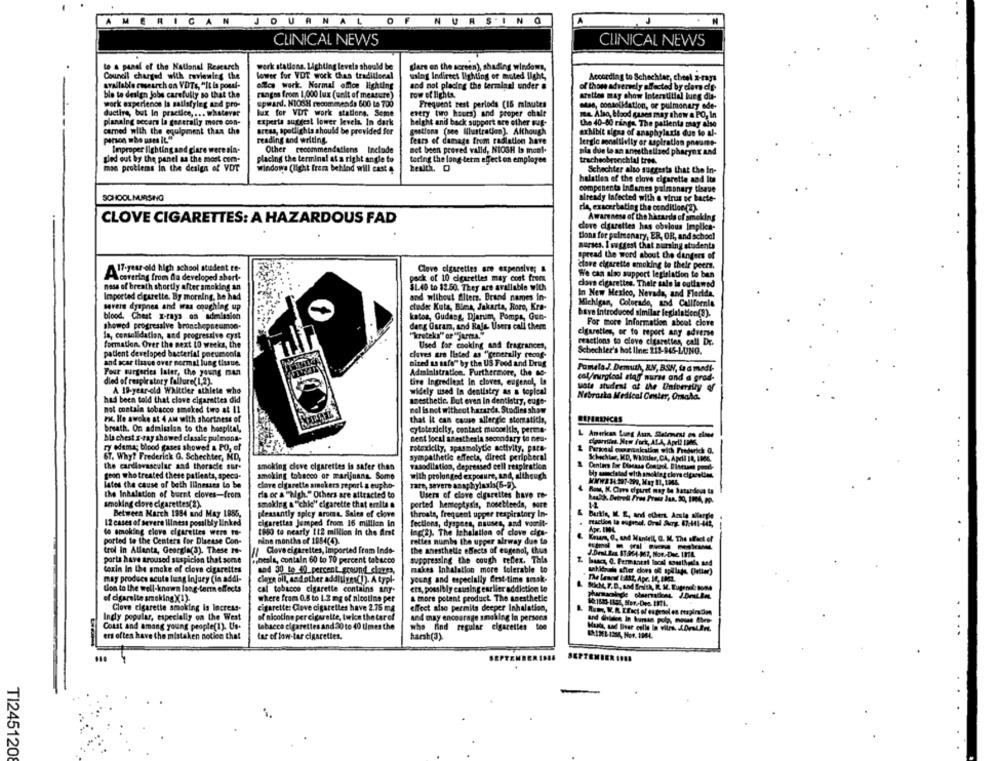
NURSINO
CLINICAL NEWS
CLINICAL NEWS
to a panel of the National Research
verk stations, Lighting levels should be
clare on the screen), shading windows
Council charged with reviewing the
lower for VOT wock than traditional
wales Indirect lighting of muted light,
According to Schechter, chesl x-rays
available research on VDTs, "It is possl-
office work. Normal office lighting
sod not placing the terminal under #
of those adversely affected by con de
ble to design jobs carefully so that the
rangos from 1,000 lux (unit of measure)
row of lights.
arettes may chow Interstitial lung dia-
work experience la sailsfyleg and pro-
upward. NIOSH recommends 600 to 700
Frequent rest periods (15 minutes
mese, consolidation, or pulmonary ode-
ductive, but In practice, ... whatever
lux for VUT work stations. Some
every two hours) and proper chale
na. Also, blood gases may show a PO, In
planalog necars la generally more con-
experta sudest lower levels. In dark
height and back support are other sug-
the 40-80 ringe. The patienta may also
cemned with the equipment than the
areas, spotlights should be provided for
gestions (see Illustration). Although
exhibit signs of anaphylaxis dun to al-
reading and writing.
fears of damage from radiation have
lergic sensitivity or aspiration pneume-
Improper lighting and glare were ala-
Other recommendations Include
not been peered valld, NIOGH Is mon !-
nia due le an anesthelized pharynx and
sled out by the panel as the most com-
placing the terminal at a right angle to
tering the long-term effect on employee
tracheobronchial tres.
moe problems in the design of VDT
health, O
windows (light from behind will cast 4
Schechter also suggests that the In-
halation of the clove cigarette and Its
components Indames pulmonary tisque
SCHOOLNURSING
already Infected with a virus se bacte-
rie, exacerbating the condition(2).
CLOVE CIGARETTES: A HAZARDOUS FAD
Awareness of the hazards of smoking
dove cigarettes has obvious Implica-
tona for pulmonary, ER, OR, and school
nurses. I suggest that nursing students
spread the word about the dangers of
clove cigarette smoking to their peers.
17-year-old high school student re-
Clove cigarettes are expensive; &
We can also support legislation te ben
Acererlag from dla developed short-
pack of 10 cigarettes may cont free
ness of breath shortly after smoking an
$1.40 to $2.50. They are available with
dove cigarettes. Thele sale in outlawed
Imported cigarette. By morning, he had
and without filters. Brand names In-
In New Mexico, Nevada, and Florida.
Michigan, Colorado, and California
serers dyspnes and was coughing up
clude Kuta, Bles, Jakarta, Roro, Kra-
have Introduced similar legislation(?).
blood, Chest x-rays on admission
katoe, Gudang, Djarum, Pompa, Gun-
showed progressive bronchepneumon-
derg Osram, and Raja Users call them
For more Information about clore
la, consolidation, and progressive cyst
cigarettes, or to report any adverse
"kreteks" or "jarma."
reactions to clove cigarettes call Dr.
formation. Over the next 10 weeks, the
Used for cooking and fragrances,
Schechler's hot line: 213-945-LUNG.
patient developed bacterial pneumonia
claves are llated as "generally reong-
and scar tissue over normal lung tissue.
Dited as safe" by the US Food and Drug
Four surgeries later, the young man
Administration. Furthermore, the so-
Pamela.J. Demuth, RN, BSN, la a medi-
died of respiratory fallure( 1,2).
cal/mirgical star nuras and a grad-
tive Ingredient In cloves, eugenol, La
wate student of the Unforrally of
A 18-year-old Whittier athlete who
widely used In dentistry as a topical
had been told that clove cigarettes did
azesthetic. But even in dentistry, euge-
Nebraska Medical Coster, Omsala.
not contain tobacco smoked toro at 11
nel is not without hararde. Studies show
Pic. Hle awoke st 4 AM with shortness of
REFERENCES
that It can cause allergie stomaticis,
breath. On admission to the hospital,
cytotoxicity, contact mucositis, perme-
hla chest x-ray showed classle pulmona-
nent local anesthesia secondary to nes-
elparties New Fort, ALA, April IBM6,
ry edema; blood gases showed & FO, of
rotoxicity, spasmolytle activity, para-
Personal coorinkulin with Frederick Q.
67. Why? Frederick G. Schechter, ND,
sympathetic effects, direct peripheral
Schachter, MD, Withus, CA, April 18, 1004.
the cardiovascular and thoracie sur-
smoking clove cigarettes is safer than
vasodilation, depressed ceil respiration
geon who treated these patients, speca-
smoking tobacco of marijuana. Some
with prolonged exposure, and, although
lates the cause of beth illnesses Lo be
clove cigarette smokers report a eupho-
Tare, severe anaphylaxis(6-9).
the Inhalation of bernt cloves-from
dia or a "high." Others are attracted to
Users of clove cigarettes have ro-
Rows, K. Care ofpuret may be hatandeva la
smoking clore cigarettes(2).
smoking a" chic" cigarette that erita .
ported henteptysis, nosebleedn, more
Between March 1894 and May 1855,
pleasantly spicy aroms. Sales of clove
throats, frequent upper respiratory In-
Burtle, IL. E, and others, Aosla allergie
12 cases of severe iliness possibly linked
cigarettes Jumped from 16 million in
fections, dyspnea, nauses, and vomit-
raction ta esproul. Oral Surg: 67-441-442,
lo smoking clove cigarettes were to-
1650 to nearly 112 million in the Art
lag(2). The Inhalation of clove cigs-
Apr. INC
ported to the Centers for Disease Con-
nine months of 1984(4).
rettes numbe the upper airway due to
Kraars, O, and Mantell, O. M. The affact of
-----
trol In Atlanta, Georgia(3). These ro-
1Clove cigarettes, Imported from Indo-
the anesthetle effects of eugenol, thus
porta have aroused suspicion that some
sintals, contain 60 to 70 percent tobacco
suppressing the cough teflex. This
1. buacs, 0. Permanent local soustheda and
toxin In the smoke of clove cigarettes
and 30 to 40 percent ground claves,
rekes Inhalation more tolerable to
may produce acute lung injury (la addl-
clore oil, and other addis yes(!). A typl-
young and especially first-time smak-
Sich, F.D ., and Brick, R. M. Eugenol tone
tion to the well-known long-term effects
cal tobacco cigarette contains any.
ers, possibly causing earlier addiction to
of cigarette smoking )(1).
where from 0.5 to 1.2 mg of nicotine per
& more potent product The anesthetic
Clove cigarette smoking is Incress.
cigarette: Clove cigarettes have 2.75 mg
effect also permits deeper Inhalation,
Ingly popular, especially on the West
of nicotine per cigarette, twice the tarel
and may encourage smoking In persons
Hunc, W. R. Lfact of es gesol en respira don
Coust and among young people(1). Us.
tabacco cigarettes and 30 to 40 times the
who find regular cigarettes too
ers often have the mistaken notion that
tar of low-tar cigarettes.
harsh(3).
SEPTEMBER ISES
T12451208